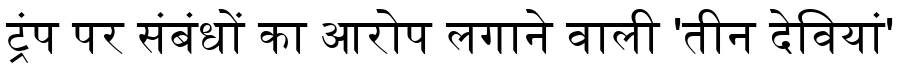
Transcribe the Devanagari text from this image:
ट्रंप पर संबंधों का आरोप लगाने वाली 'तीन देवियां'